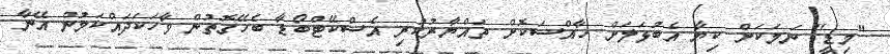
"މިޑީ" ނަމަކަށް ކިޔާ އެބުޅަލަށް ހާއްސަކޮށް ތައްޔާރުކުރި އެސްކޭޓްބޯޑާ ބެހޭގޮތުން ވާހަކަދައްކަމުން އޭނާ